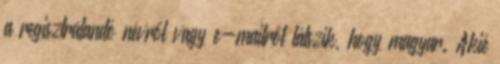
a regisztrálandó névről vagy e-mailről látszik, hogy magyar. Akié